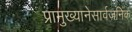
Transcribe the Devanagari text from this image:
प्रामुख्यानेसार्वजनिक